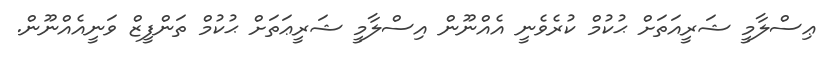
ޢިސްލާމީ ޝަރީއަތަށް ޙުކުމް ކުރެވެނީ އެއްނޫން އިސްލާމީ ޝަރީޢަތަށް ޙުކުމް ތަންފީޒް ވަނީއެއްނޫން.